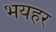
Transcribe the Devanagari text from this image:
भयहर